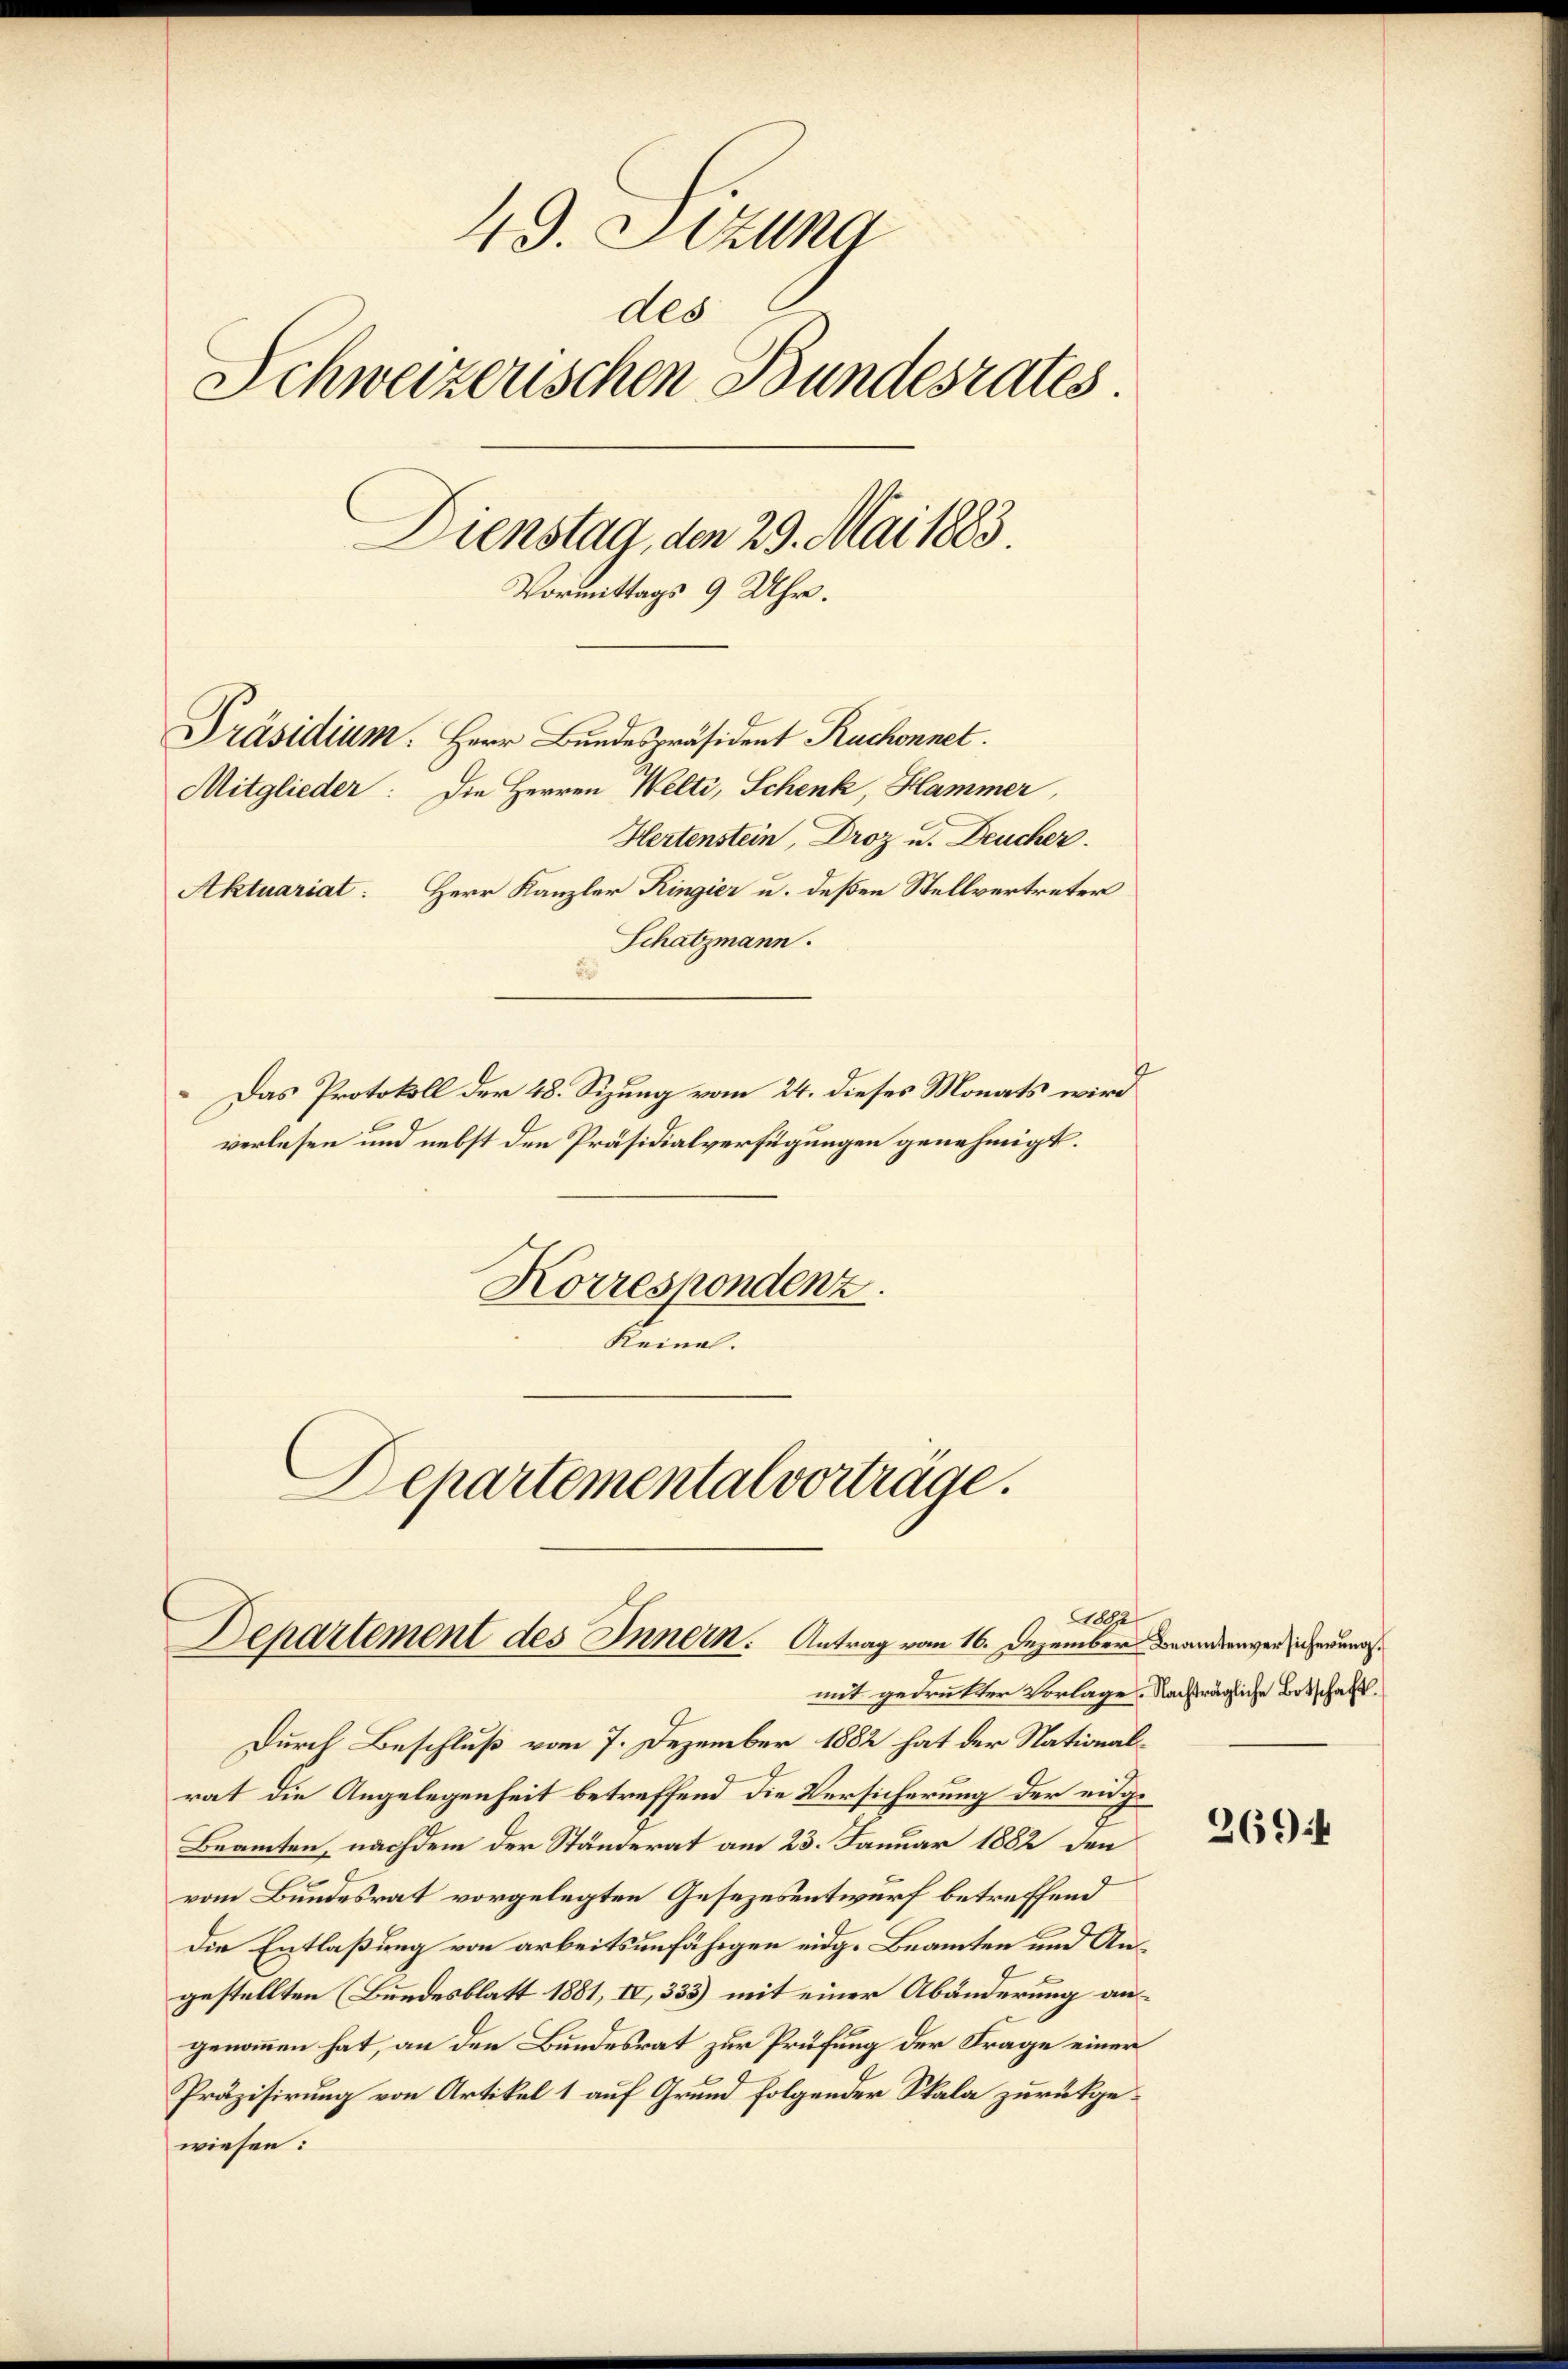
49. Sizung
dls
Schweizerischen Bundesrates.
Dienstag, den 29. Mai 1883.
Vormittags 9 Uhr.
Präsidium. Herr Bundespräsident Ruchonnet.
Mitglieder: Die Herren Welti, Schenk, Hammer
Hertenstein, Droz u. Deucher.
Aktuariat: Herr Kanzler Ringier u. deßen Stellvertreter
Schatzmann.
Das Protokoll der 48. Sizung vom 24. dieses Monats wird

verlesen und nebst den Präsidialverfügungen genehmigt.
Korrespondenz.
Keinal.
Departemental vorträge.

Ad
Departement des Innern. Antrag vom 16. Dezember Brandenversicherungsmit gedrukter Vorlage. Nachträgliche Botschaft¬

Durch Beschluß vom 7. Dezember 1882 hat der Nationalrat die Angelegenheit betreffend die Versicherung der eige
Beamten, nachdem der Ständerat am 23. Januar 1882 den
vom Bundesrat vorgelegten Gesezesentwurf betreffend
die Entlaßung von arbeitsunfähigen eidg. Beamten und Angestellten (Bundesblatt 1881, IV, 333) mit einer Abänderung angenommen hat, an den Bundesrat zur Prüfung der Frage einer
Präzisirung von Artikel 1 auf Grund folgender Skala zurückgewiesen:

269